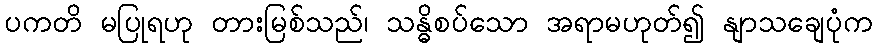
ပကတိ မပြုရဟု တားမြစ်သည်၊ သန္ဓိစပ်သော အရာမဟုတ်၍ နျာသချေပုံက